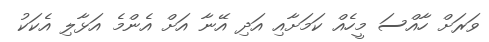
ވަރަށް ހާއްސަ މީހެއް ކަމަށާއި އަދި އޭނާ އަށް އެންމެ އަޅާލި އެކަކު